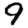
Digit: 9